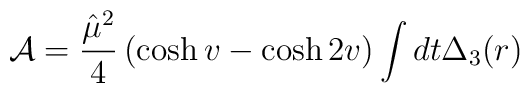
{\cal A} = \frac {\hat \mu^2}{4} \left(\cosh v - \cosh 2v \right) \int dt \Delta_3(r)